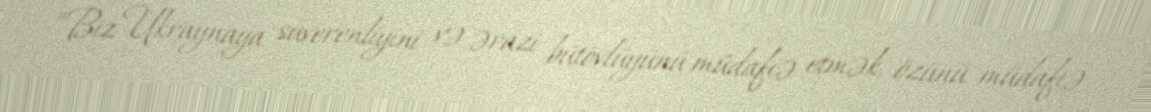
“Biz Ukraynaya suverenliyini və ərazi bütövlüyünü müdafiə etmək, özünü müdafiə